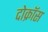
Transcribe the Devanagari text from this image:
दोक्रॉस